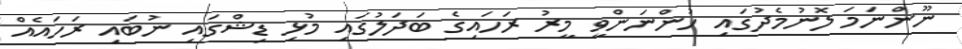
ނޫންނަމަ ލޮނުމެދުގައި ހުންނަންވީ މީރު ރަހައިގެ ބަދަލުގައި މުޅި ޑިޝްގައި ނުބައި ރަހައެއް